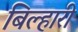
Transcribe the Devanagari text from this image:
बिल्हारी